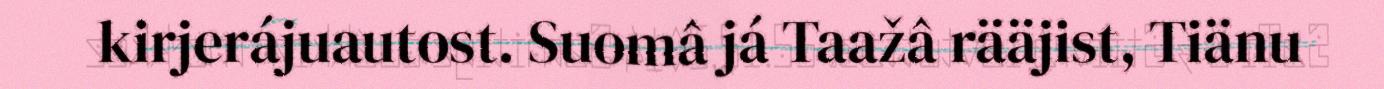
kirjerájuautost. Suomâ já Taažâ rääjist, Tiänu